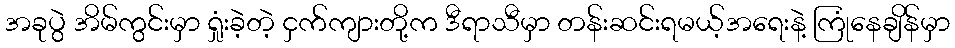
အခုပွဲ အိမ်ကွင်းမှာ ရှုံးခဲ့တဲ့ ငှက်ကျားတို့က ဒီရာသီမှာ တန်းဆင်းရမယ့်အရေးနဲ့ ကြုံနေချိန်မှာ